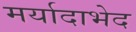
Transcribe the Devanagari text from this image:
मर्यादाभेद